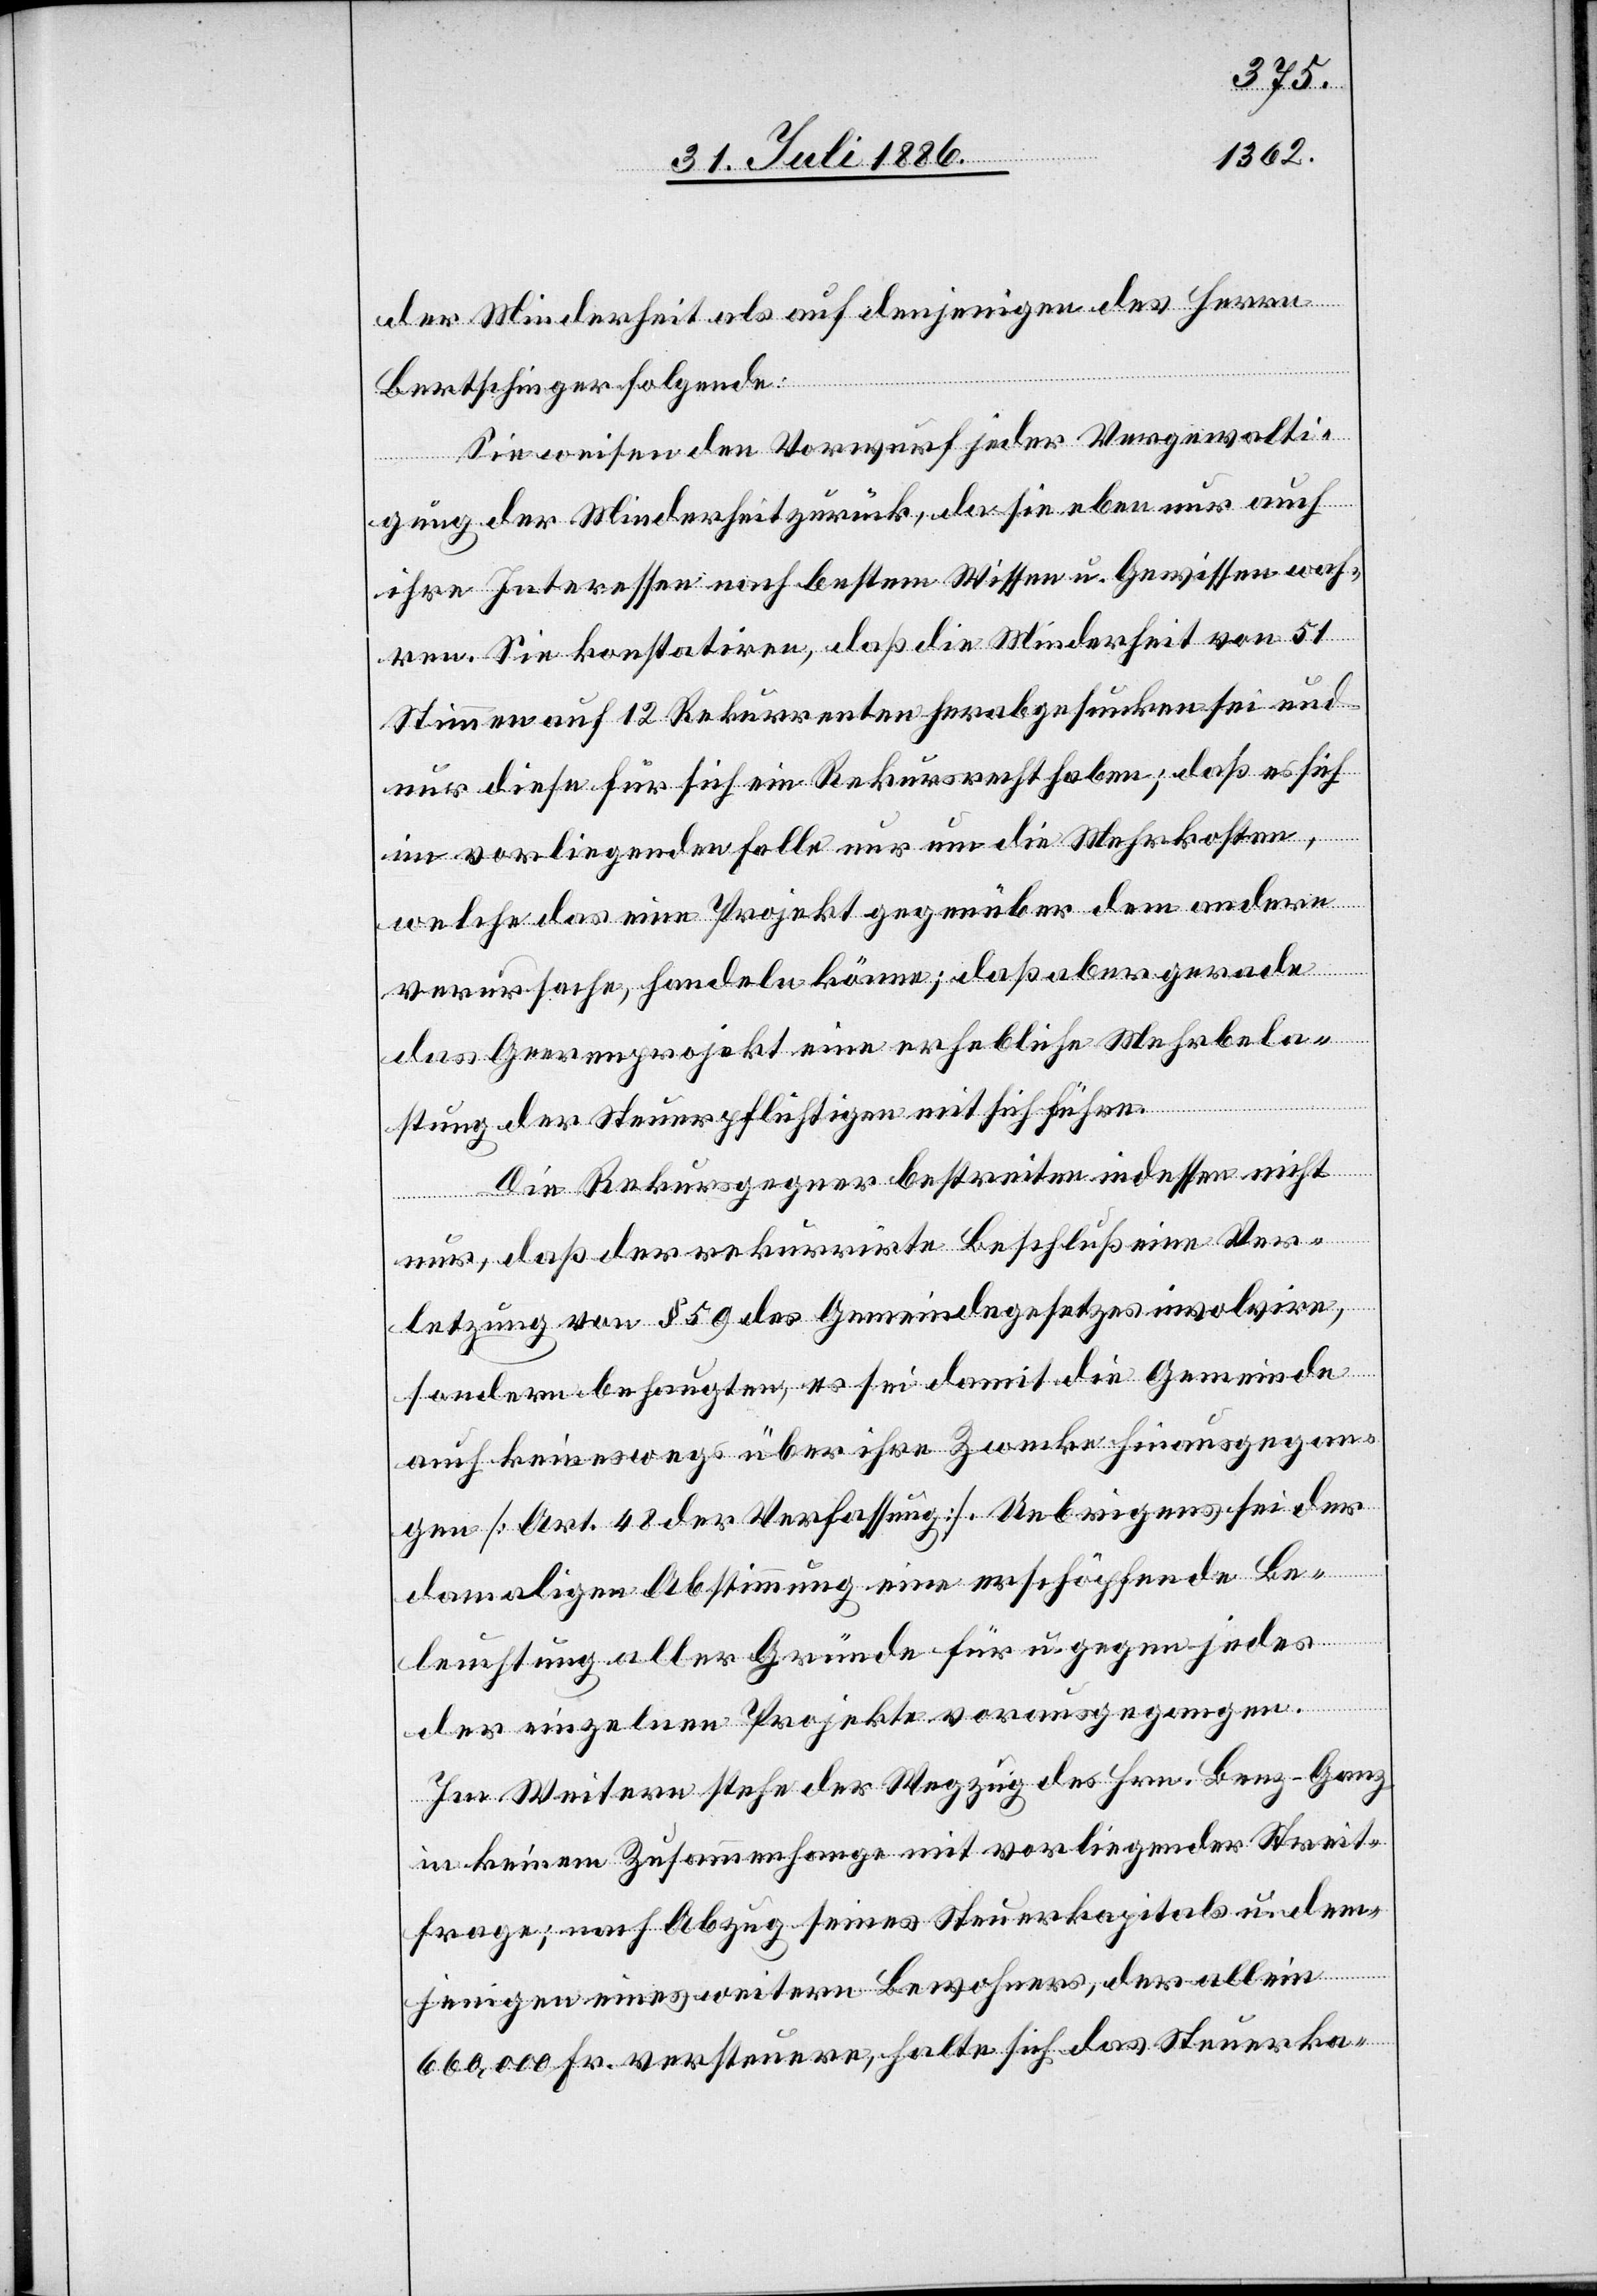
der Minderheit als auf denjenigen des Herrn
Bertschinger folgende:
Sie weisen den Vorwurf jeder Vergewalti¬
gung der Minderheit zurück, da sie eben nur auch
ihre Interessen nach bestem Wissen u. Gewissen wah¬
ren. Sie konstatiren, daß die Minderheit von 51
Stimmen auf 12 Rekurrenten herabgesunken sei und
nur diese für sich ein Rekursrecht haben; daß es sich
im vorliegenden Falle nur um die Mehrkosten,
welche das eine Projekt gegenüber dem andern
verursache, handeln könne; daß aber gerade
das Geerenprojekt eine erhebliche Mehrbela¬
stung der Steuerpflichtigen mit sich führe.
Die Rekursgegner bestreiten indessen nicht
nur, daß der rekurrirte Beschluß eine Ver¬
letzung von § 59 des Gemeindegesetzes involvire,
sondern behaupten, es sei damit die Gemeinde
auch keineswegs über ihre Zwecke hinausgegan¬
gen [Art. 48 der Verfassung]. Uebrigens sei der
damaligen Abstimmung eine erschöpfende Be¬
hauptung aller Gründe für u. gegen jedes
der einzelnen Projekte vorausgegangen.
Im Weitern stehe der Wegzug des Hrn. Benz-Ganz
in keinem Zusammenhange mit vorliegender Streit¬
frage; nach Abzug seines Steuerkapitals u. dem¬
jenigen eines weitern Bewohners, der allein
660,000 Fr. versteuere, halte sich das Steuerka-